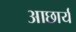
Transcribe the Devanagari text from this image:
आछार्य